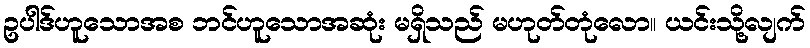
ဥပါဒ်ဟူသောအစ ဘင်ဟူသောအဆုံး မရှိသည် မဟုတ်တုံလော။ ယင်းသို့လျက်